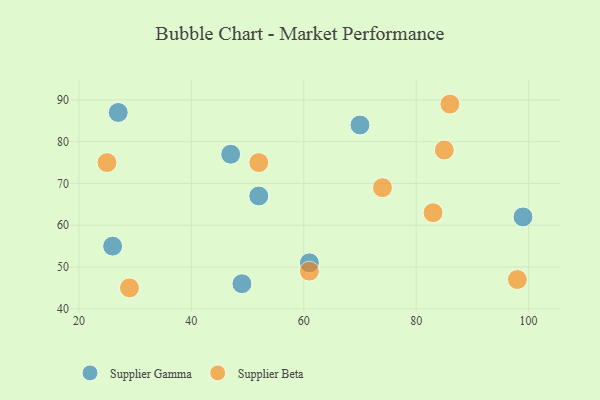
{"axis": {"x": "GDP", "y": "Life Expectancy"}, "legend": ["Supplier Beta", "Supplier Gamma"], "data": [{"x": "61", "y": 51, "type": "Supplier Gamma"}, {"x": "70", "y": 84, "type": "Supplier Gamma"}, {"x": "26", "y": 55, "type": "Supplier Gamma"}, {"x": "49", "y": 46, "type": "Supplier Gamma"}, {"x": "27", "y": 87, "type": "Supplier Gamma"}, {"x": "99", "y": 62, "type": "Supplier Gamma"}, {"x": "52", "y": 67, "type": "Supplier Gamma"}, {"x": "47", "y": 77, "type": "Supplier Gamma"}, {"x": "83", "y": 63, "type": "Supplier Beta"}, {"x": "61", "y": 49, "type": "Supplier Beta"}, {"x": "52", "y": 75, "type": "Supplier Beta"}, {"x": "25", "y": 75, "type": "Supplier Beta"}, {"x": "29", "y": 45, "type": "Supplier Beta"}, {"x": "85", "y": 78, "type": "Supplier Beta"}, {"x": "86", "y": 89, "type": "Supplier Beta"}, {"x": "98", "y": 47, "type": "Supplier Beta"}, {"x": "74", "y": 69, "type": "Supplier Beta"}]}